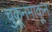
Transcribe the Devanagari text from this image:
चुकूनमाकून